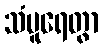
သံပူရေတွာ